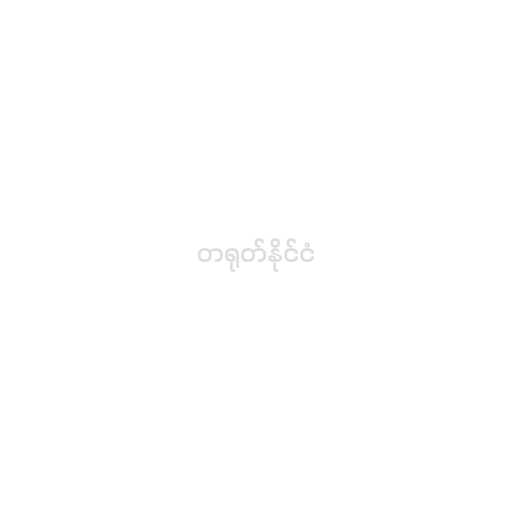
တရုတ်နိုင်ငံ